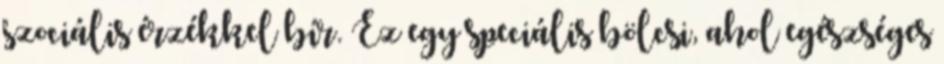
szociális érzékkel bír. Ez egy speciális bölcsi, ahol egészséges